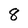
Character: 8